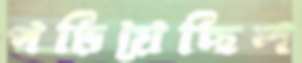
পড়িয়েছিল